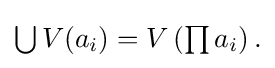
{\textstyle \bigcup V(a_{i})=V\left(\prod a_{i}\right).}